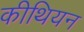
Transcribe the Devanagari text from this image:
कीथियन